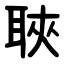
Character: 聗